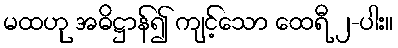
မထဟု အဓိဋ္ဌာန်၍ ကျင့်သော ထေရီ ၂-ပါး။